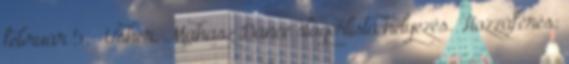
február 5. ↑ Usher, Mahasz Dance slágerlista helyezés. Hozzáférés: